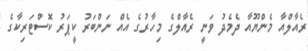
ރެއާލްއާ މެންޔޫއާ ދެމެދު ވަނީ ރެއާލްގެ މިހާރުގެ އެއް ނަންބަރު ކީޕަރު ކޮސްޓަރިކާގެ